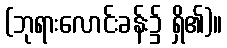
(ဘုရားလောင်းခန်း၌ ရှိ၏)။